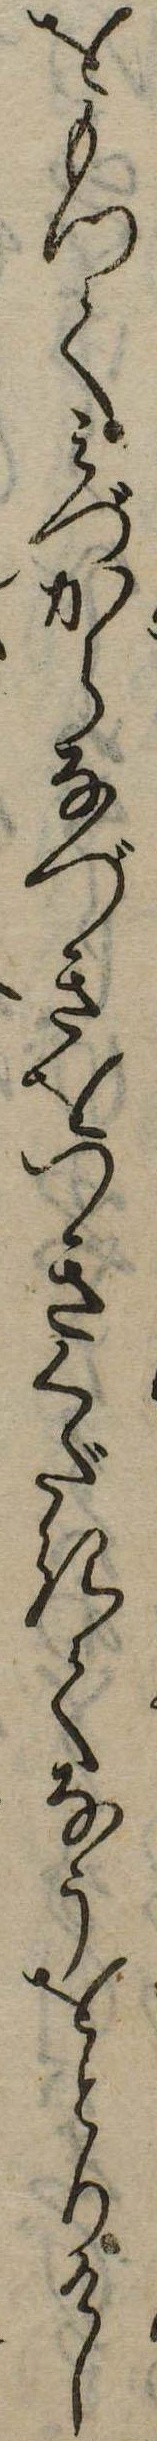
をもつてみづからなづきをつきくだきてなうをとりけし